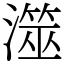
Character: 澨